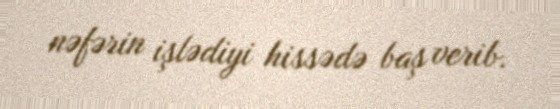
nəfərin işlədiyi hissədə baş verib.